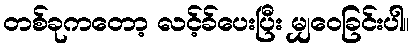
တစ်ခုကတော့ လင့်ခ်ပေးပြီး မျှဝေခြင်းပါ။